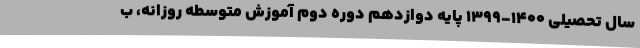
سال تحصیلی ۱۴۰۰-۱۳۹۹ پایه دوازدهم دوره دوم آموزش متوسطه روزانه، ب